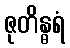
ဇုတိန္ဓရံ